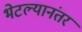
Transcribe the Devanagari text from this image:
भेटल्यानंतर